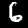
Digit: 6